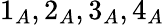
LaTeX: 1_{A},2_{A},3_{A},4_{A}